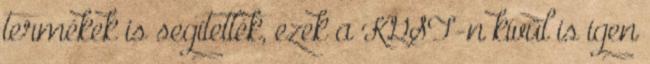
termékek is segítették, ezek a KGST-n kívül is igen